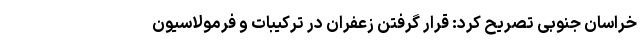
خراسان جنوبی تصریح کرد: قرار گرفتن زعفران در ترکیبات و فرمولاسیون